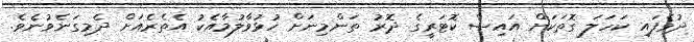
ދުވެފައި ކަހަލަ ގޮތަކަށް އައިސް ކޮޓަރީގެ ދޮރު ތަންމިނަށް ހުޅުވާލުމާއެކު އެތެރެއަށް ދެމިގަނެވުނެވެ.